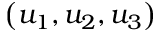
\left( u _ { 1 } , u _ { 2 } , u _ { 3 } \right)